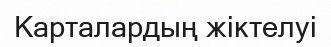
Карталардың жіктелуі